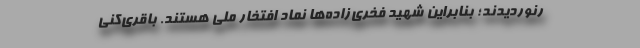
رنوردیدند؛ بنابراین شهید فخری‌زاده‌ها نماد افتخار ملی هستند. باقری‌کنی